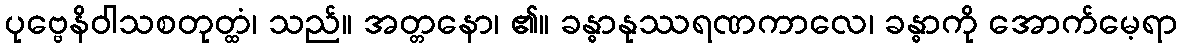
ပုဗ္ဗေနိဝါသစတုတ္ထံ၊ သည်။ အတ္တနော၊ ၏။ ခန္ဓာနုဿရဏကာလေ၊ ခန္ဓာကို အောက်မေ့ရာ